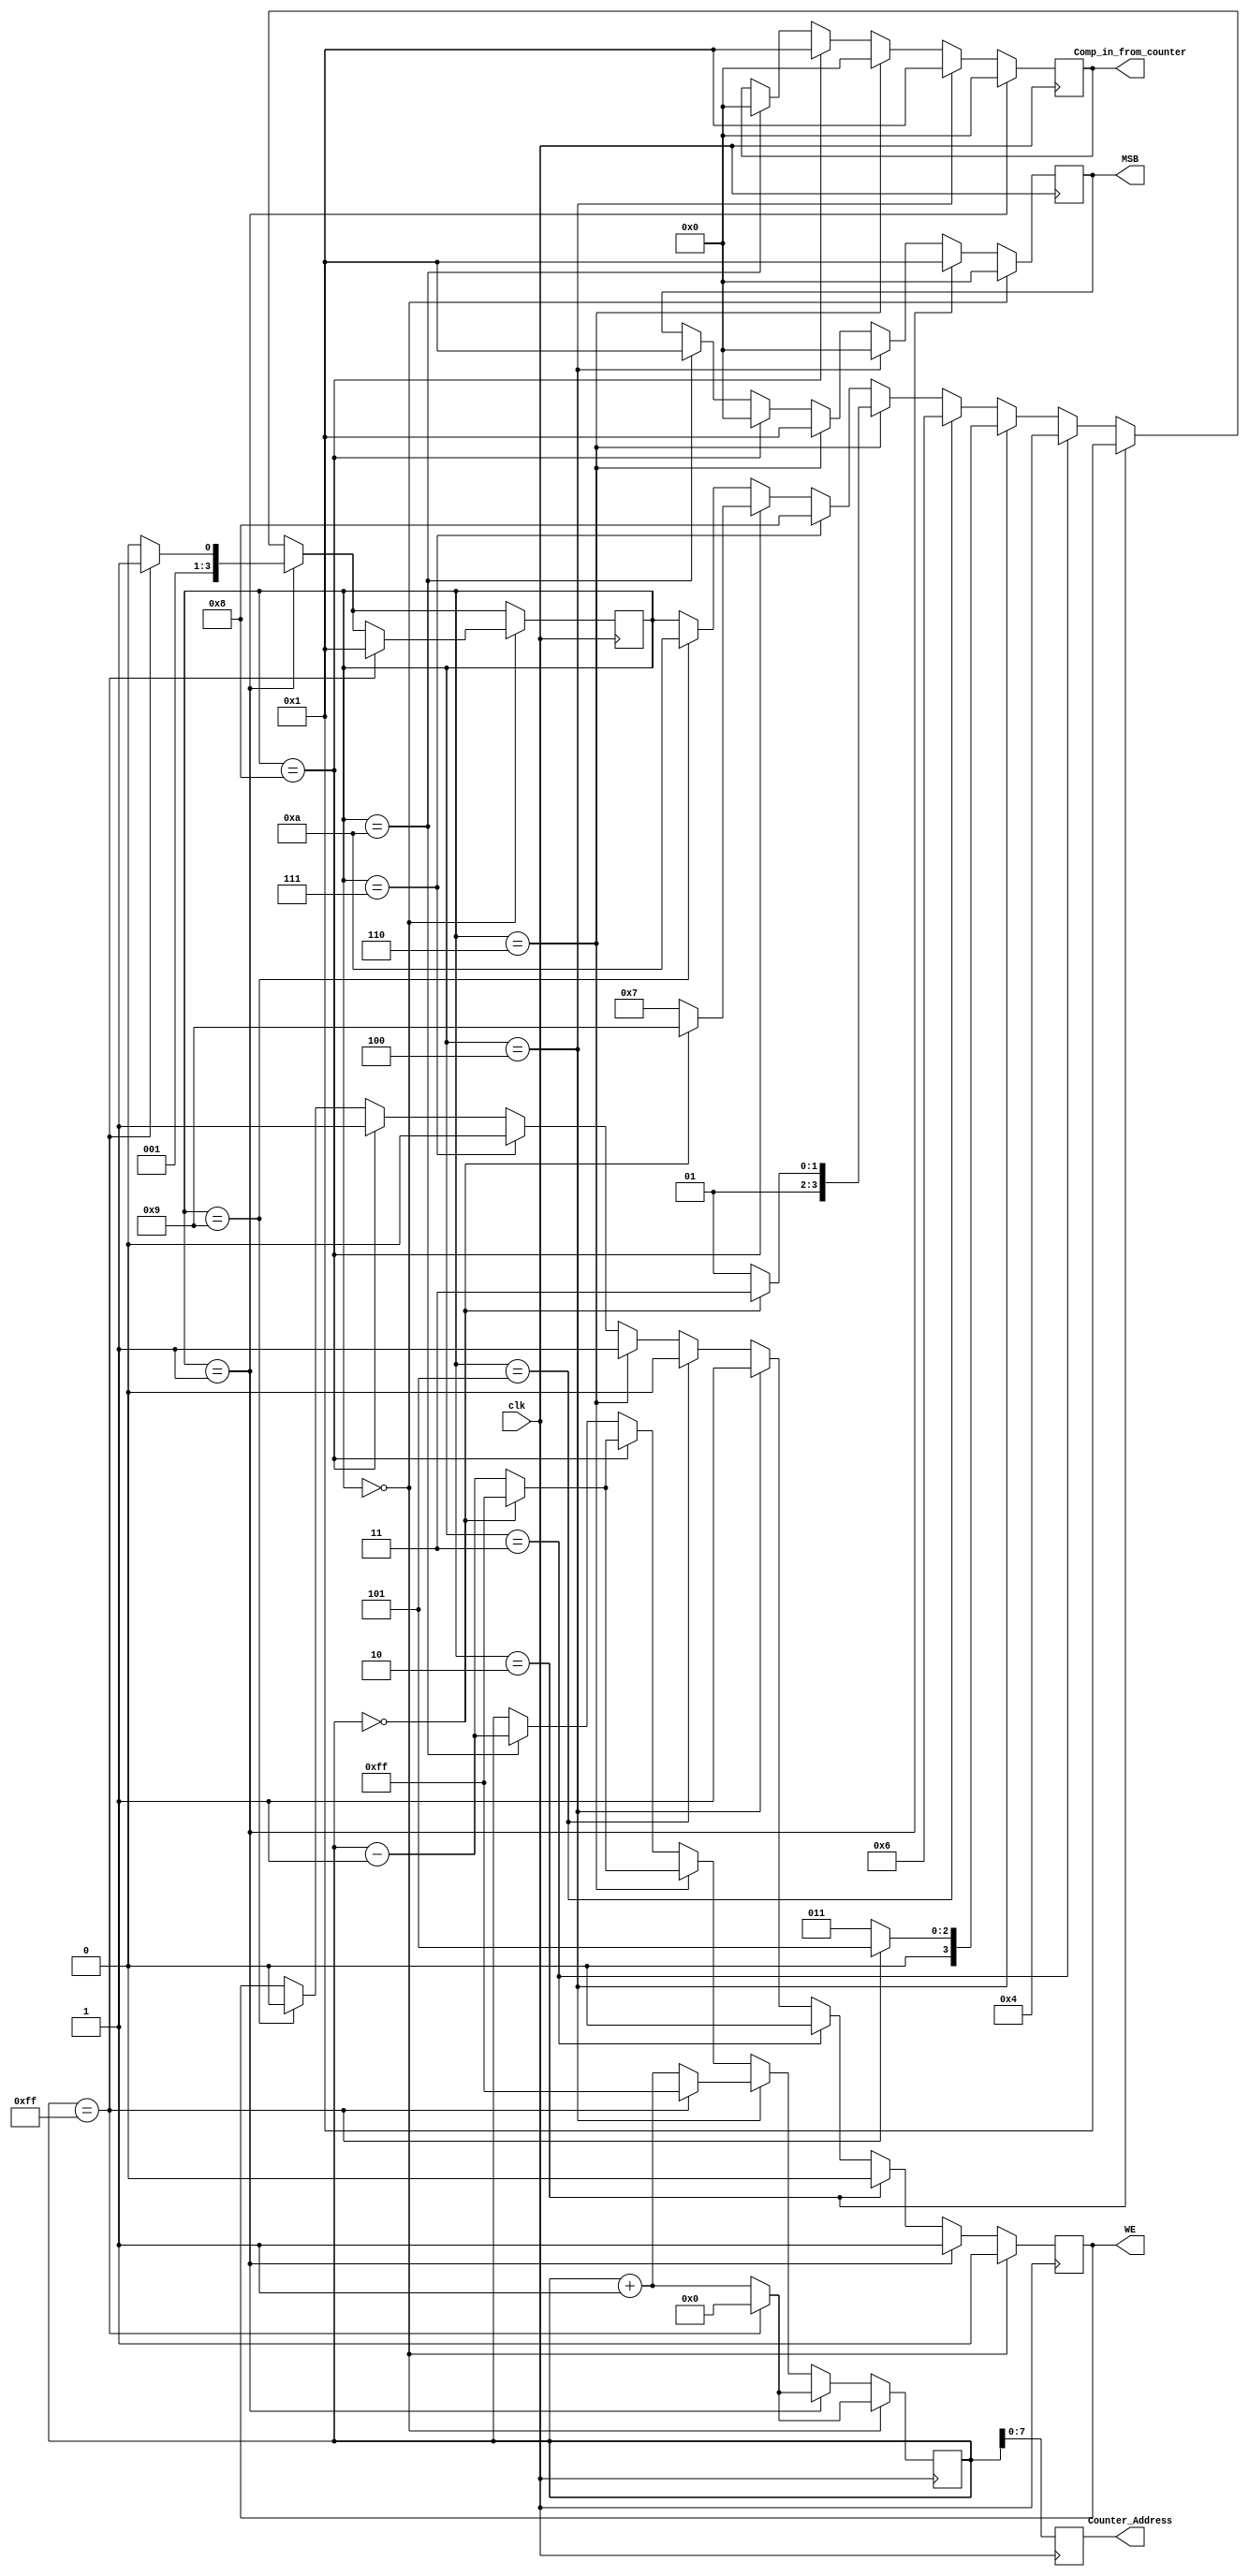
`timescale 1ns / 1ps
//////////////////////////////////////////////////////////////////////////////////
// Company: 
// Engineer: 
// 
// Design Name: 
// Module Name: March_Counter
// Project Name: 
// Target Devices: 
// Tool Versions: 
// Description: 
// 
// Dependencies: 
// 
// Revision:
// Revision 0.01 - File Created
// Additional Comments:
// 
// The way this counter should work is that from 0 to 256 it should write 0. 
// Hence WE is 1 when counter_address is 0 to 256. And MSB is 0000. 
//
// After that we will be Reading 0 followed by writing 1 to the same address location.
//////////////////////////////////////////////////////////////////////////////////


module March_Counter(
input clk,
output  reg [7: 0] Counter_Address,
output reg  WE,
output  reg [3 : 0] MSB,
output  reg [3 : 0 ]Comp_in_from_counter 

    );
    
     reg [8 : 0] Counter =0;
     reg [7 : 0] WE_Counter =0;
     reg [7 : 0] Not_WE_Counter =0;
     reg [3:0] count=0;
     
always @ (posedge clk) 

begin 
Counter_Address <= Counter;
if (count ==10) 
begin 
Counter <= Counter - 1;

MSB <= 1;
Comp_in_from_counter<= 0;

end 
if (count ==9)
begin 
WE <=0;
count <= 10;
end 
if (count ==8)
begin 
Counter <= Counter - 1;
WE <=1;
MSB <= 0;
count <=7;
Comp_in_from_counter<= 1;
 if (Counter == 0 ) 
 begin
 Counter <= 255;
 count <= 9; 

 end

end 
if (count ==7) 
begin 
WE<= 0;
count <=8;
end
if (count == 6)
begin 
Counter <= Counter - 1;
WE <=1;
MSB <= 1;
count <=5;
Comp_in_from_counter<= 0;
 if (Counter == 0 ) 
 begin
 Counter <= 255;
 count <= 7; 

 end

end

if (count == 5) 
begin 
WE <= 0;
count <= 6;
end 

if (count ==4)
begin 
Counter <= Counter + 1;
WE <=1;
MSB <= 0;
count <=3;
Comp_in_from_counter<= 1;
 if (Counter == 255 ) 
 begin
 Counter <= 255;
 count <= 5; 

 end

end
if (count ==3 ) 
begin
WE<= 0;
count<=4; 
end
if (count ==2)
begin 
WE <= 0;
count <=1;
end

if (count == 1)
begin
Counter <= Counter + 1;
WE <=1;
MSB <= 1;
count <=2;
Comp_in_from_counter<= 0;
 if (Counter == 255 ) 
 begin
 Counter <= 0;
 count <= 3; 

 end
end 

if (count == 0)
begin
Counter <= Counter + 1;
WE <= 1;
//Counter_Address <= Counter [7:0];
MSB <= 0;
 if (Counter == 255 ) 
 begin
 Counter <= 0;
 count <= 1; 

 end
end 
end
//assign WE = 1;
//assign MSB = 0;
//assign Comp_in_from_counter = 0;
endmodule